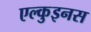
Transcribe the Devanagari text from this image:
एल्कुइनस